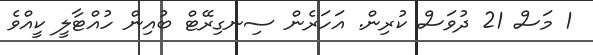
1 މަސް 21 ދުވަސް ކުރިން. އަހަރެން ސިނގިރޭޓް ބުއިން ހުއްޓާލީ ކީއްވެ